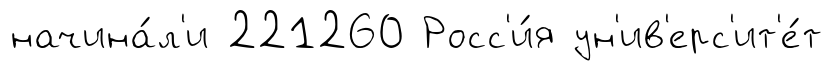
начина́л'и 221260 Росс'и́я ун'ив'ерс'ит'е́т